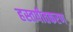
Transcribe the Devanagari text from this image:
हस्तपीतकरण